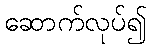
ဆောက်လုပ်၍